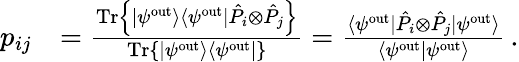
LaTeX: \begin{array}{rl}{p_{ij}}&{=\frac{\mathrm{Tr}\left\{ |\psi^{\mathrm{out}}\rangle\langle\psi^{\mathrm{out}}|\hat{P}_{i}\otimes\hat{P}_{j}\right\} }{\mathrm{Tr}\left\{ |\psi^{\mathrm{out}}\rangle\langle\psi^{\mathrm{out}}|\right\} }=\frac{\langle\psi^{\mathrm{out}}|\hat{P}_{i}\otimes\hat{P}_{j}|\psi^{\mathrm{out}}\rangle}{\langle\psi^{\mathrm{out}}|\psi^{\mathrm{out}}\rangle}\, .}\end{array}